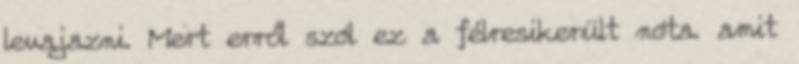
levajazni. Mert erről szól ez a félresikerült nóta. amit